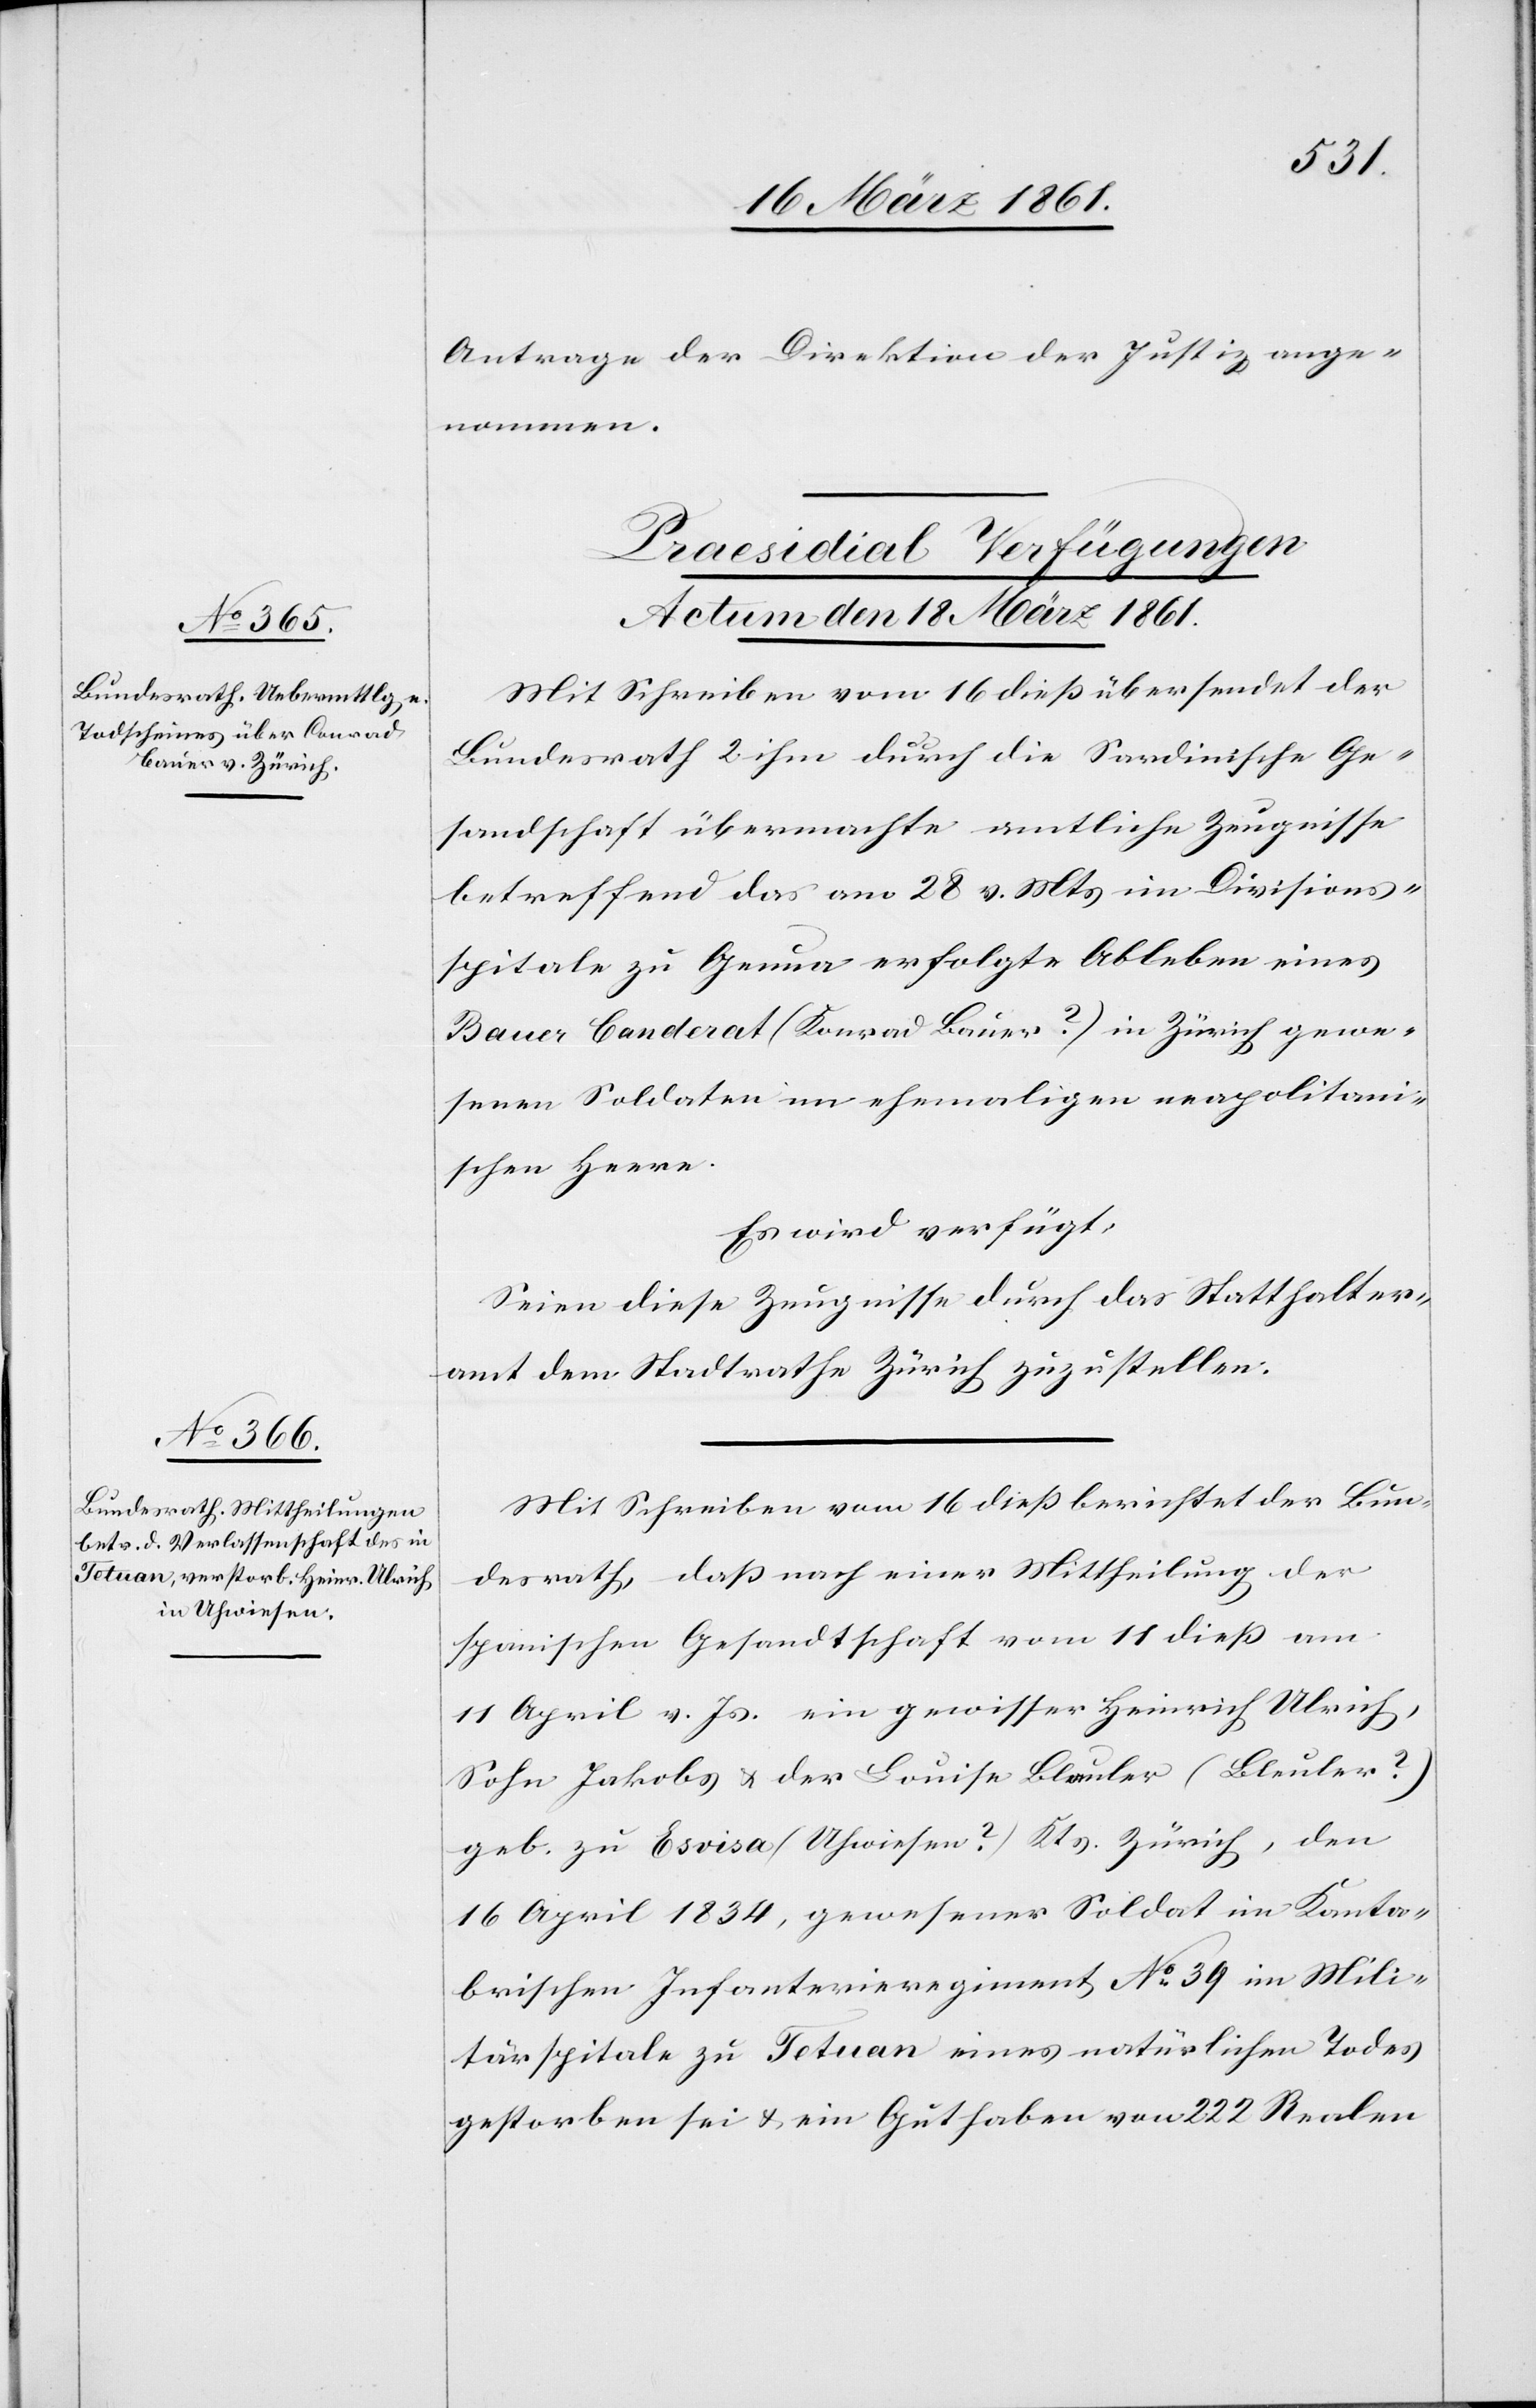
Antrag der Direktion der Justiz ange¬
nommen.
[Praesidial Verfügungen.
Actum den 18. März 1861.]
Mit Schreiben vom 16. dieß übersendet der
Bundesrath 2 ihm durch die sardinische Ge¬
sandtschaft übermachte amtliche Zeugnisse
betreffend das am 28. v. Ms. im Divisions¬
spitale zu Genua erfolgte Ableben eines
Bauer Canderat (Konrad Bauer?) in Zürich gewe¬
senen Soldaten im ehemaligen neapolitani¬
schen Heere.
Es wird verfügt:
Seien diese Zeugnisse durch das Statthalter¬
amt dem Stadtrathe Zürich zuzustellen.
Mit Schreiben vom 16. dieß berichtet der Bun¬
desrath, daß nach einer Mittheilung der
spanischen Gesandtschaft vom 11. dieß am
11. April v. Js. ein gewisser Heinrich Ulrich,
Sohn Jakobs u. der Louise Blauler (Bleuler?)
geb. zu Esvisa (Uhwiesen?) Kts. Zürich, den
16. April 1834, gewesener Soldat im Kanta¬
brischen Infanterieregiment No 39 im Mili¬
tärspitale zu Tetuan eines natürlichen Todes
gestorben sei u. ein Guthaben von 222 Realen